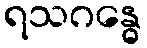
ရသဂန္ဓေ